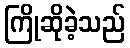
ကြိုဆိုခဲ့သည်